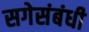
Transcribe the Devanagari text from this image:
सगेसंबंधी